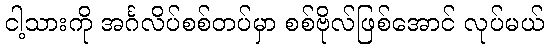
ငါ့သားကို အင်္ဂလိပ်စစ်တပ်မှာ စစ်ဗိုလ်ဖြစ်အောင် လုပ်မယ်